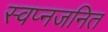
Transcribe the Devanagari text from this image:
स्वप्नजनित